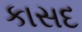
કાસદ